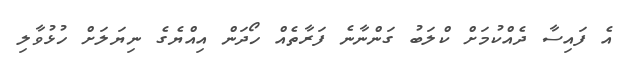
އެ ފައިސާ ދެއްކުމަށް ކްލަބު ގަންނާނެ ފަރާތެއް ހޯދަން އިއްޔެގެ ނިޔަލަށް ހުޅުވާލި